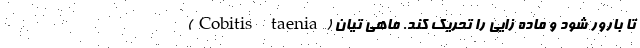
تا بارور شود و ماده زایی را تحریک کند. ماهی تیان (Cobitis taenia)